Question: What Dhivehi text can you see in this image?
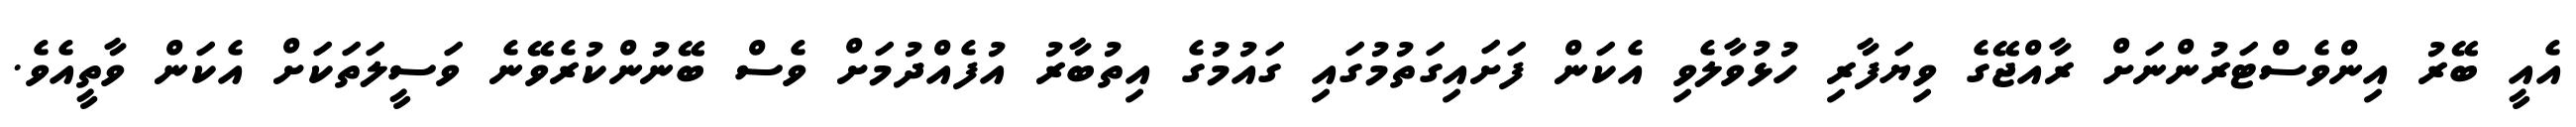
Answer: އެއީ ބޭރު އިންވެސްޓަރުންނަށް ރާއްޖޭގެ ވިޔަފާރި ހުޅުވާލެވި އެކަން ފަށައިގަތުމުގައި ގައުމުގެ އިތުބާރު އުފެއްދުމަށް ވެސް ބޭނުންކުރެވޭނެ ވަސީލަތަކަށް އެކަން ވާތީއެވެ.